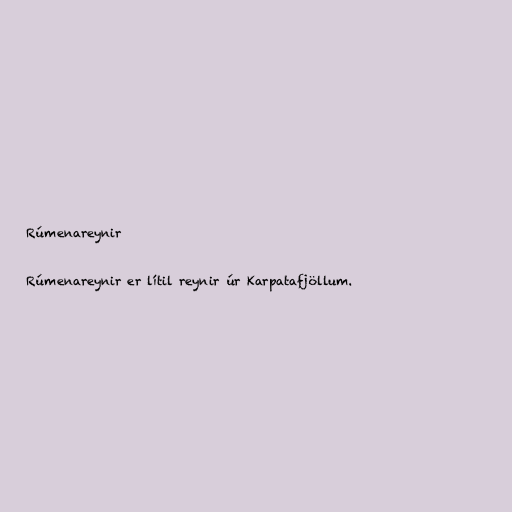
Rúmenareynir

Rúmenareynir er lítil reynir úr Karpatafjöllum.